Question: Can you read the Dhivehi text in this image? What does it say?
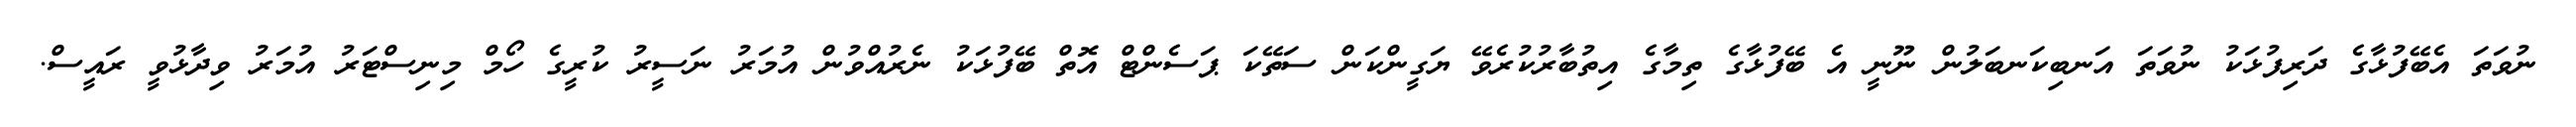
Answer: ނުވަތަ އެބޭފުޅާގެ ދަރިފުޅަކު ނުވަތަ އަނބިކަނބަލުން ނޫނީ އެ ބޭފުޅާގެ ތިމާގެ އިތުބާރުކުރެވޭ ޔަގީންކަން ސަތޭކަ ޕަސެންޓް އޮތް ބޭފުޅަކު ނެރުއްވުން އުމަރު ނަސީރު ކުރީގެ ހޯމް މިނިސްޓަރު އުމަރު ވިދާޅުވީ ރައީސް.